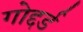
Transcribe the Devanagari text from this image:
गोद्दर्ड